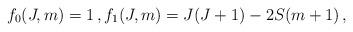
LaTeX: \begin{align*} f_0(J,m) = 1 \,, f_1(J,m) = J(J+1) - 2S(m+1) \,,\end{align*}